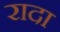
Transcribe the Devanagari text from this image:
रादा